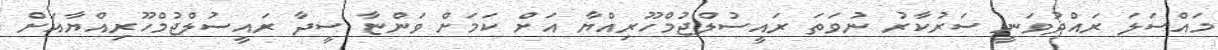
މައްސަލަ ރައްދުވަނީ ސަރުކާރު ނުވަތަ ރައީސުލްޖުމްހޫރިއްޔާ އަށް ކަމަށް ވަންޏާ ސީދާ ރައީސުލްޖުމްހޫރިއްޔާއަށް